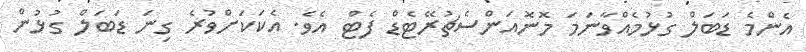
އެންމެ ޑަބަލް ގުޅުމެއްވާނަމަ މޮނޮއަންސެޗުރޭޓެޑް ފެޓް އެވެ. އެކަކަށްވުރެ ގިނަ ޑަބަލް ގުޅުން